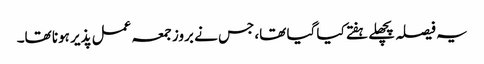
یہ فیصلہ پچھلے ہفتے کیا گیا تھا، جس نے بروز جمعہ عمل پذیر ہونا تھا۔